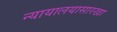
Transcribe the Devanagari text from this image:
न्यायालयासारखा